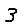
Digit: 3